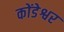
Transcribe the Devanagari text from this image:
कोंडेश्वर